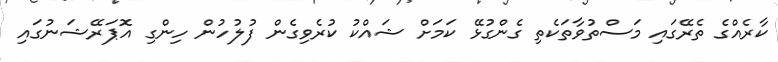
ކާރެއްގެ ތެރޭގައި މަސްތުވާތަކެތި ގެންގުޅޭ ކަމަށް ޝައްކު ކުރެވިގެން ފުލުހުން ހިންގި އޮޕަރޭޝަނުގައި